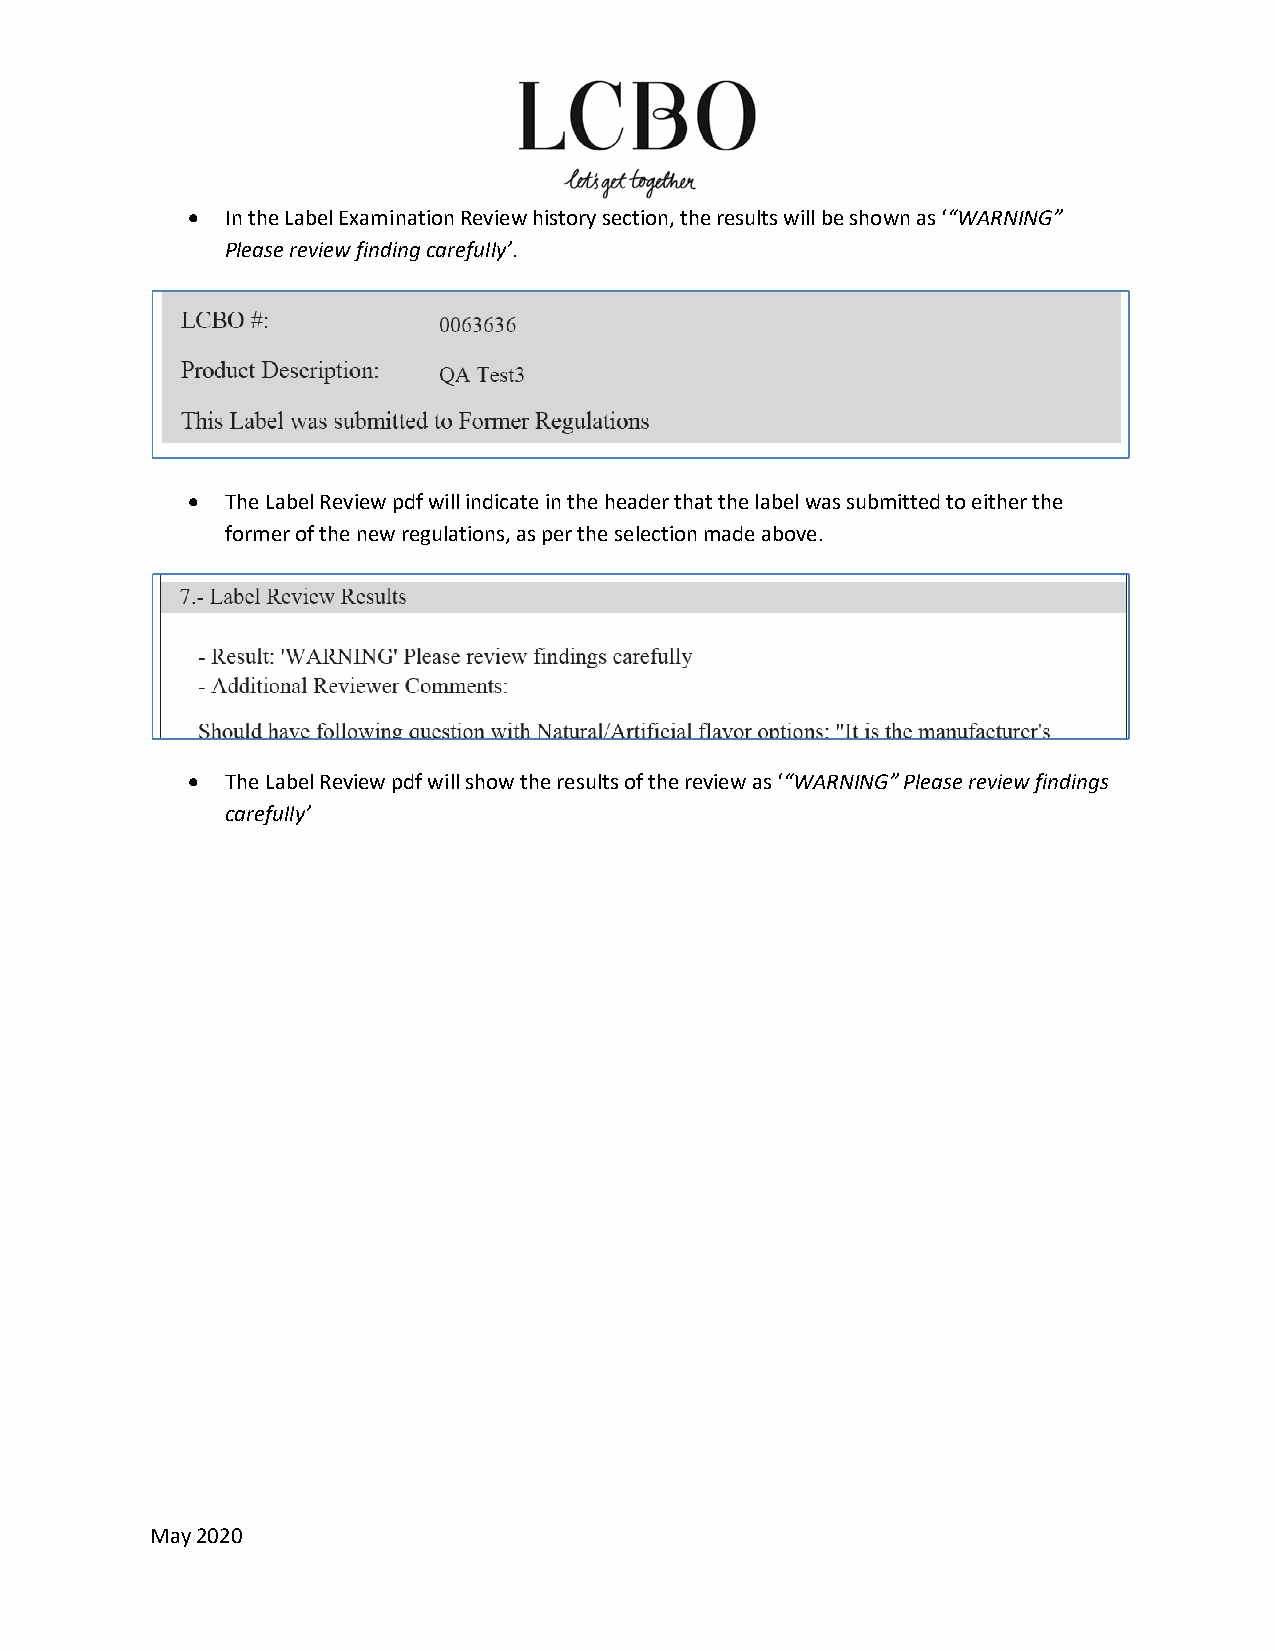
•  In the Label Examination Review history section, the results will be shown as ‘“WARNING”
 Please review finding carefully’.
 •  The Label Review pdf will indicate in the header that the label was submitted to either the
 former of the new regulations, as per the selection made above.
 •  The Label Review pdf will show the results of the review as ‘“WARNING” Please review findings
 carefully’
 May 2020